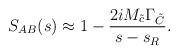
LaTeX: \begin{align*}S_{AB}(s) \approx 1-\frac{2 iM_{\tilde{c}}\Gamma_{\tilde{C}}}{s-s_R}.\end{align*}